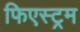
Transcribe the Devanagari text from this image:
फिएस्ट्रम